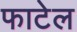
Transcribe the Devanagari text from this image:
फाटेल